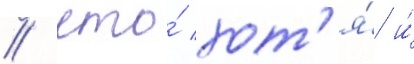
/ что́ хот'я́ и́